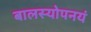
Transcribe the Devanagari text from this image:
बालस्योपनयं